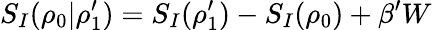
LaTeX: S_{I}(\rho_{0}|\rho_{1}^{\prime})=S_{I}(\rho_{1}^{\prime})-S_{I}(\rho_{0})+\beta^{\prime}W